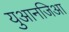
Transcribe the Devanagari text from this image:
युआनजिआ